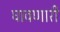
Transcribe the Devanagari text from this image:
घावणारी